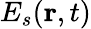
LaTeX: E_{s}(\mathbf{r},t)